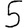
Digit: 5